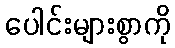
ပေါင်းများစွာကို